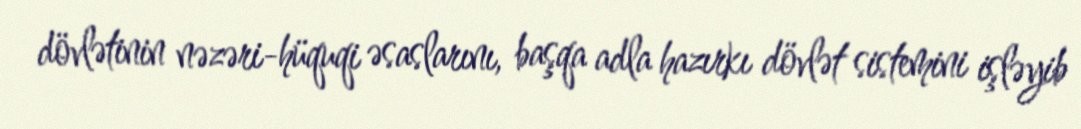
dövlətinin nəzəri-hüquqi əsaslarını, başqa adla hazırkı dövlət sistemini işləyib